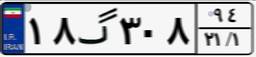
۱۸گ۳۰۸۹۴